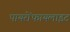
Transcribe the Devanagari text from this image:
पायरोंफायलाइट